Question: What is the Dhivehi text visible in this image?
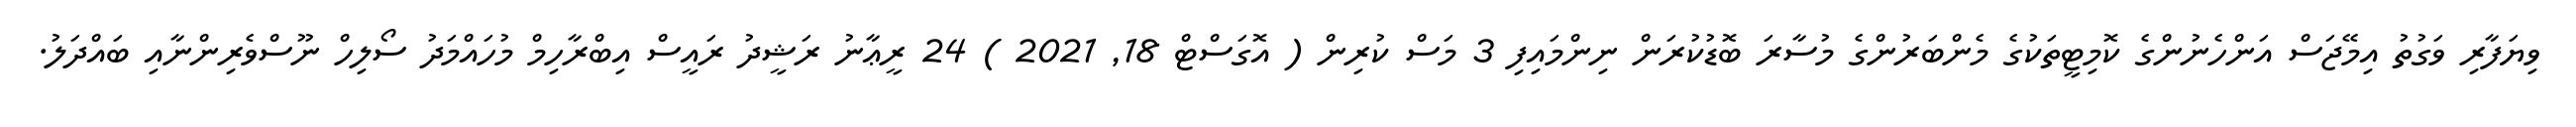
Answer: ވިޔަފާރި ވަގުތު އިމޭޖަސް އަންހެނުންގެ ކޮމިޓީތަކުގެ މެންބަރުންގެ މުސާރަ ބޮޑުކުރަން ނިންމައިފި 3 މަސް ކުރިން ( އޮގަސްޓް 18, 2021 ) 24 ރީޢާނު ރަޝީދު ރައީސް އިބްރާހިމް މުހައްމަދު ސޯލިހް ނޫސްވެރިންނާއި ބައްދަލު.